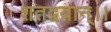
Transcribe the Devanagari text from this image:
शतद्वयान्।।